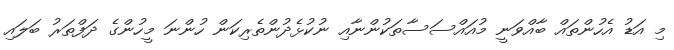
މި އަޑު އެހުންތައް ބާއްވަނީ މުއައްސަސާތަކުންނާއި ނުކުޅެދުންތެރިކަން ހުންނަ މީހުންގެ ދަފްތަރު ބަލައި